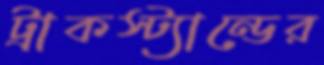
ট্রাকস্ট্যান্ডের